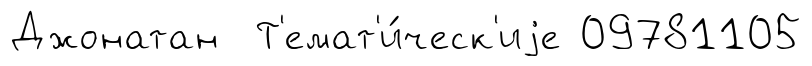
Джонатан Т'емат'и́ческ'иjе 09781105